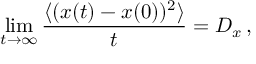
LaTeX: \operatorname * { l i m } _ { t \rightarrow \infty } \frac { \langle ( x ( t ) - x ( 0 ) ) ^ { 2 } \rangle } { t } = D _ { x } \, ,